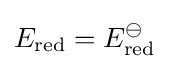
E_{\text{red}}=E_{\text{red}}^{\ominus }